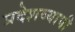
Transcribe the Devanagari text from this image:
प्रदेशव्यापी